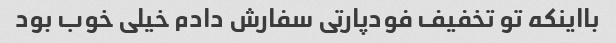
بااینکه تو تخفیف فودپارتی سفارش دادم خیلی خوب بود